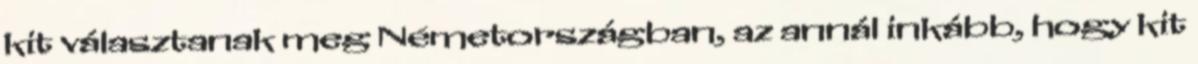
kit választanak meg Németországban, az annál inkább, hogy kit